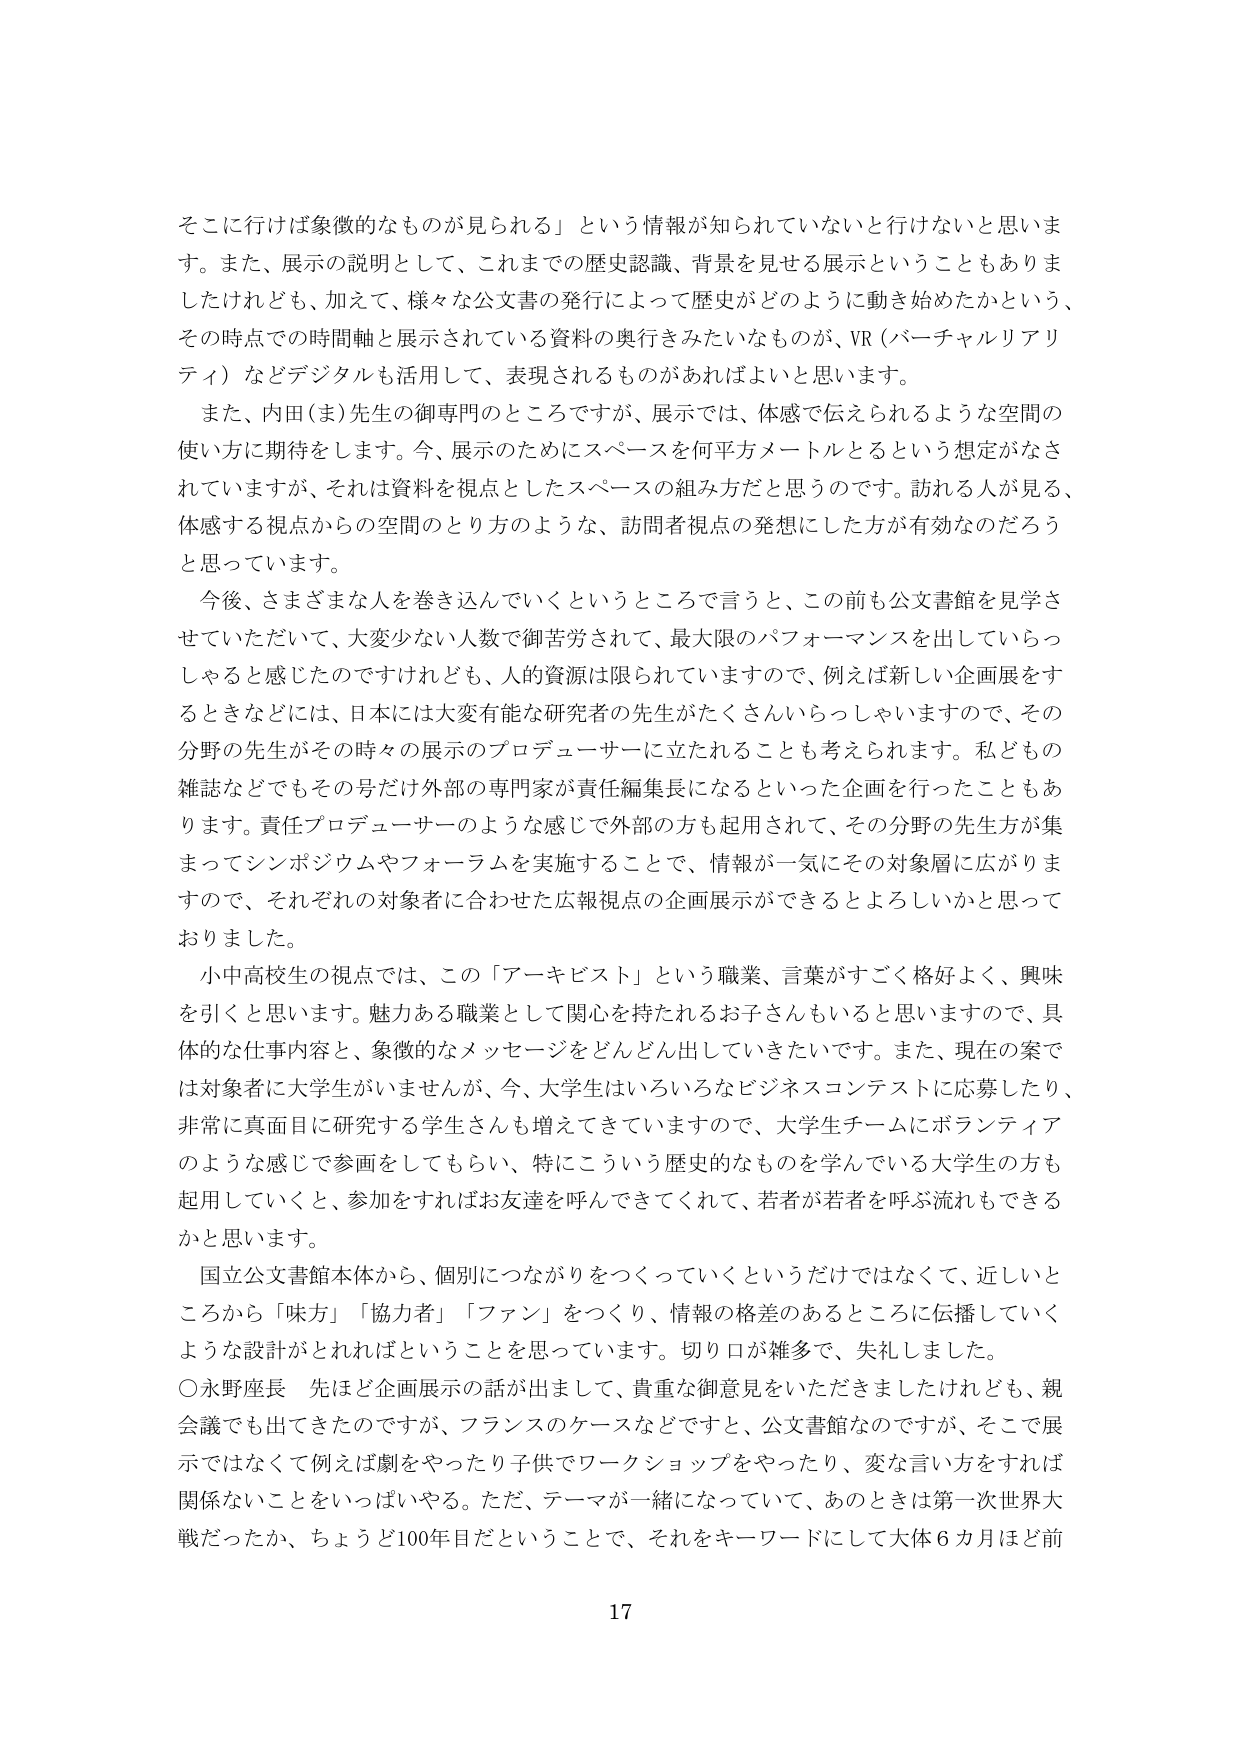
そこに行けば象徴的なものが見られる」という情報が知られていないと行けないと思います。また、展示の説明として、これまでの歴史認識、背景を見せる展示ということもありましたが、加えて、様々な公文書の発行によって歴史がどのように動き始めたかという、その時点での時間軸と展示されている資料の奥行きみたいなものが、VR（バーチャルリアリティ）などデジタルも活用して、表現されるものがあればよいと思います。

また、内田（ま）先生の御専門のところですが、展示では、体感で伝えられるような空間の使い方に期待をします。今、展示のためにスペースを何平方メートルとするという想定がなされていますが、それは資料を視点としたスペースの組み方だと思うのです。訪れる人が見る、体感する視点からの空間のとり方のような、訪問者視点の発想にした方が有効なのだろうと思っています。

今後、さまざまな人を巻き込んでいくというところで言うと、この前も公文書館を見学させていただいて、大変少ない人数で御苦労されて、最大限のパフォーマンスを出していらっしゃると感じたのですけれども、人的資源は限られていますので、例えば新しい企画展をするときなどには、日本には大変有能な研究者の先生がたくさんいらっしゃいますので、その分野の先生がその時々の展示のプロデューサーに立たれることも考えられます。私どもの雑誌などでもその号だけ外部の専門家が責任編集長になるといった企画を行ったこともあります。責任プロデューサーのような感じで外部の方も起用されて、その分野の先生方が集まってシンポジウムやフォーラムを実施することで、情報が一気にその対象層に広がりますので、それぞれの対象者に合わせた広報視点の企画展示ができるとよろしいかと思っておりました。

小中高校生の視点では、この「アーキビスト」という職業、言葉がすごく格好よく、興味を引くと思います。魅力ある職業として関心を持たれるお子さんもいると思いますので、具体的な仕事内容と、象徴的なメッセージをどんどん出していきたいです。また、現在の案では対象者に大学生がいませんが、今、大学生はいろいろなビジネスコンテストに応募したり、非常に真面目に研究する学生さんも増えてきていますので、大学生チームにボランティアのような感じで参画をしてもらい、特にこういう歴史的なものを学んでいる大学生の方も起用していくと、参加をすればお友達を呼んできて、若者が若者を呼ぶ流れもできるかと思います。

国立公文書館本体から、個別につながりをつくっていくというだけではなくて、近しいところから「味方」「協力者」「ファン」をつくり、情報の格差のあるところに伝播していくような設計がとれればということを思っています。切り口が雑多で、失礼しました。

○永野座長　先ほど企画展示の話が出まして、貴重な御意見をいただきましたけれども、親会議でも出てきたのですが、フランスのケースなどですと、公文書館なのですが、そこで展示ではなくて例えば劇をやったり子供でワークショップをやったり、変な言い方をすれば関係ないことをいっぱいやる。ただ、テーマが一緒になっていて、あのときは第一次世界大戦だったか、ちょうど100年目だということで、それをキーワードにして大体６カ月ほど前

17